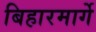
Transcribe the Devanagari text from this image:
बिहारमार्गे